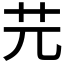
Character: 𦬂